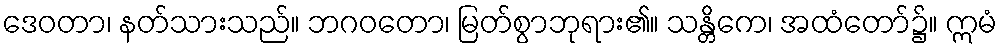
ဒေဝတာ၊ နတ်သားသည်။ ဘဂဝတော၊ မြတ်စွာဘုရား၏။ သန္တိကေ၊ အထံတော်၌။ ဣမံ